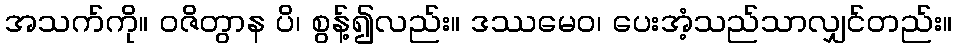
အသက်ကို။ ဝဇိတွာန ပိ၊ စွန့်၍လည်း။ ဒဿမေဝ၊ ပေးအံ့သည်သာလျှင်တည်း။